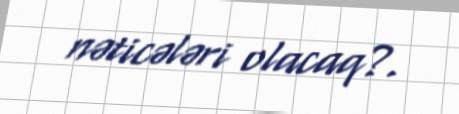
nəticələri olacaq?.